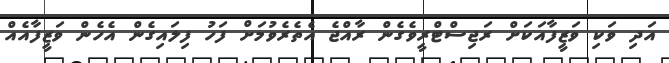
އަދި ވަކި ވަޒީފާއަކަށް ރަޖިސްޓްރީވެގެން ރާއްޖެ އެތެރެވުމަށް ފަހު ފިލައިގެން އެހެން ވަޒީފާއެއް